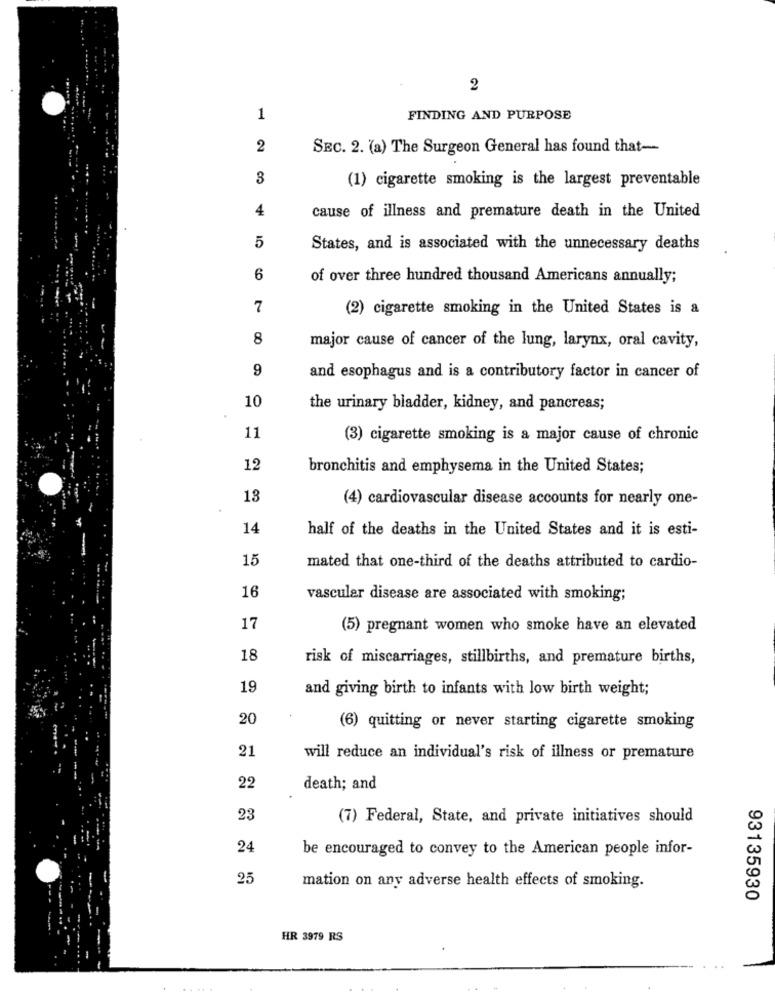
2
1
FINDING AND PURPOSE
2
SEC. 2. (a) The Surgeon General has found that --
3
(1) cigarette smoking is the largest preventable
4
cause of illness and premature death in the United
5
States, and is associated with the unnecessary deaths
6
of over three hundred thousand Americans annually;
7
(2) cigarette smoking in the United States is a
8
major cause of cancer of the lung, larynx, oral cavity,
9
and esophagus and is a contributory factor in cancer of
10
the urinary bladder, kidney, and pancreas;
11
(3) cigarette smoking is a major cause of chronic
12
bronchitis and emphysema in the United States;
13
(4) cardiovascular disease accounts for nearly one-
14
half of the deaths in the United States and it is esti-
15
mated that one-third of the deaths attributed to cardio-
16
vascular disease are associated with smoking;
17
(5) pregnant women who smoke have an elevated
18
risk of miscarriages, stillbirths, and premature births,
19
and giving birth to infants with low birth weight;
20
(6) quitting or never starting cigarette smoking
21
will reduce an individual's risk of illness or premature
22
death; and
23
(7) Federal, State, and private initiatives should
24
be encouraged to convey to the American people infor-
25
mation on any adverse health effects of smoking.
93135930
HR 3979 RS
.....